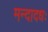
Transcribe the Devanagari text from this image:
मन्दादधः